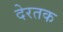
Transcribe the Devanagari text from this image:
देरतक